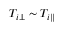
T _ { i \perp } \sim T _ { i \parallel }